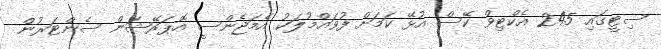
ސިޓީގައި 245 އެކްޓިވް ކޭސް އުޅޭ ކަމަށް ފުވައްމުލަކު އެމަޖެންސީ އޮޕަރޭޝަން ސެންޓަރުން